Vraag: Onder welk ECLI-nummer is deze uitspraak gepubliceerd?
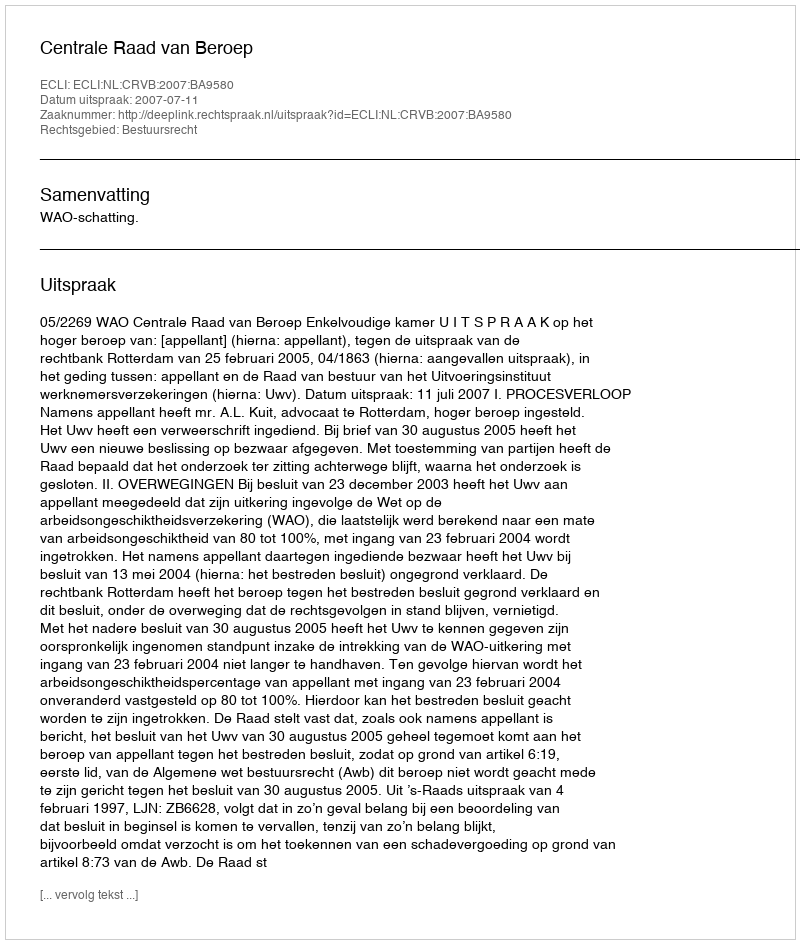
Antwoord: ECLI:NL:CRVB:2007:BA9580